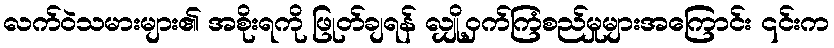
လက်ဝဲသမားများ၏ အစိုးရကို ဖြုတ်ချရန် လျှို့ဝှက်ကြံစည်မှုများအကြောင်း ၎င်းက